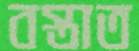
বস্তাত